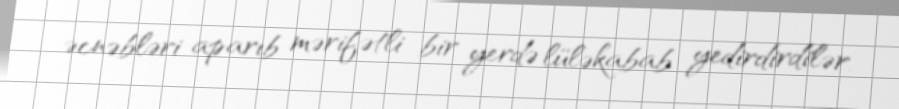
əcnəbləri aparıb mərifətli bir yerdə lüləkabab yedirdirdilər.